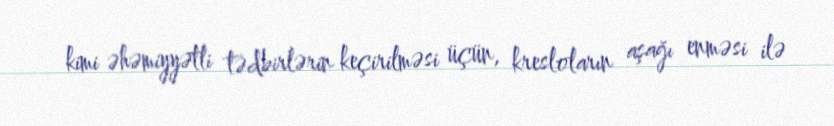
kimi əhəmiyyətli tədbirlərin keçirilməsi üçün, kresloların aşağı enməsi ilə